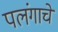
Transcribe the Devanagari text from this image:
पलंगाचे